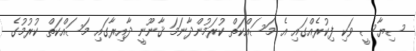
ސިޔާސީ ވަކި ފިކުރެއްގައި އެ މަސައްކަތް ކުރަމުންދާނަމަ ޤާނޫނީ ދާއިރާގައި މަސައްކަތް ކުރުމުގެ